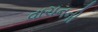
વાચનની